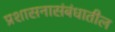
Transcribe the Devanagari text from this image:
प्रशासनासंबंधातील